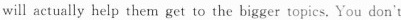
will aetually help them get to the bigger topics. You don't x